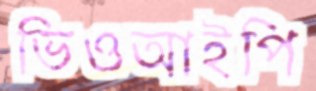
ভিওআইপি